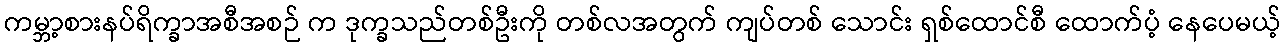
ကမ္ဘာ့စားနပ်ရိက္ခာအစီအစဉ် က ဒုက္ခသည်တစ်ဦးကို တစ်လအတွက် ကျပ်တစ် သောင်း ရှစ်ထောင်စီ ထောက်ပံ့ နေပေမယ့်